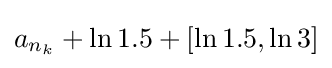
a_{n_{k}}+\ln 1.5+[\ln 1.5,\ln 3]